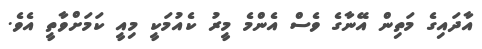
އާދައިގެ މަތިން އޭނާގެ ވެސް އެންމެ މީރު ކެއުމަކީ މިއީ ކަމަށްވާތީ އެވެ.